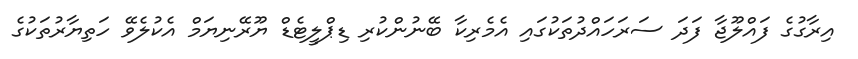
އިރާގުގެ ފައްލޫޖާ ފަދަ ސަރަހައްދުތަކުގައި އެމެރިކާ ބޭނުންކުރި ޑިޕްލީޓެޑް ޔޫރޭނިޔަމް އެކުލެވޭ ހަތިޔާރުތަކުގެ